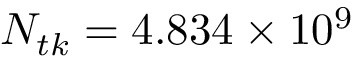
N _ { t k } = 4 . 8 3 4 \times 1 0 ^ { 9 }